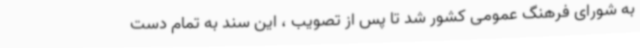
به شورای فرهنگ عمومی کشور شد تا پس از تصویب ، این سند به تمام دست